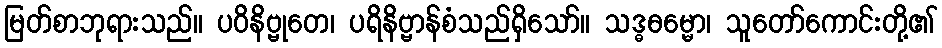
မြတ်စာဘုရားသည်။ ပဝိနိဗ္ဗုတေ၊ ပရိနိဗ္ဗာန်စံသည်ရှိသော်။ သဒ္ဓဓမ္မော၊ သူတော်ကောင်းတို့၏